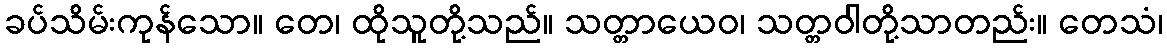
ခပ်သိမ်းကုန်သော။ တေ၊ ထိုသူတို့သည်။ သတ္တာယေဝ၊ သတ္တဝါတို့သာတည်း။ တေသံ၊